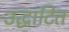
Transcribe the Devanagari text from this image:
उद्धाटित